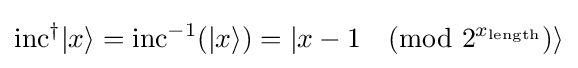
\mathrm {inc} ^{\dagger }|x\rangle =\mathrm {inc} ^{-1}(|x\rangle )=|x-1{\pmod {2^{x_{\text{length}}}}}\rangle